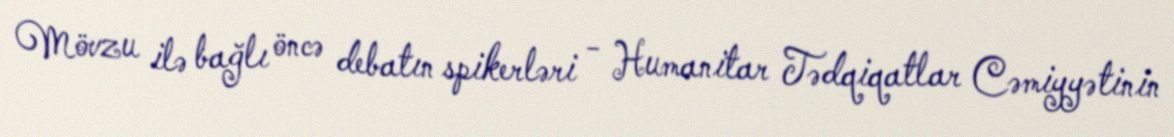
Mövzu ilə bağlı öncə debatın spikerləri - Humanitar Tədqiqatlar Cəmiyyətinin